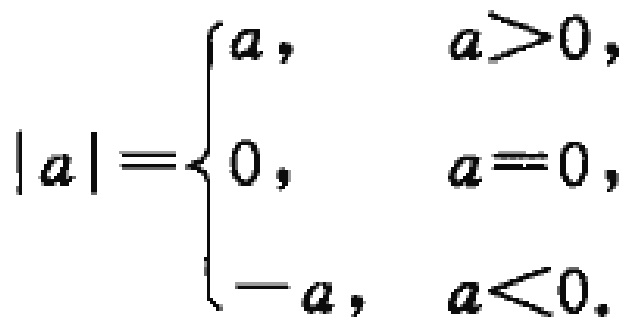
\[\vert a\vert =
\begin{cases}
a, & a > 0, \\
0, & a = 0, \\
-a, & a < 0.
\end{cases}\]